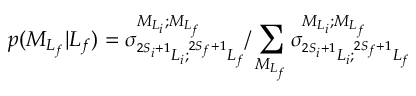
p ( { M } _ { L _ { f } } \vert L _ { f } ) = { \sigma } _ { ^ { 2 S _ { i } + 1 } L _ { i } ; ^ { 2 S _ { f } + 1 } L _ { f } } ^ { { M } _ { { L } _ { i } } ; { M } _ { { L } _ { f } } } / \sum _ { { M } _ { L _ { f } } } { \sigma } _ { ^ { 2 S _ { i } + 1 } L _ { i } ; ^ { 2 S _ { f } + 1 } L _ { f } } ^ { { M } _ { { L } _ { i } } ; { M } _ { { L } _ { f } } }